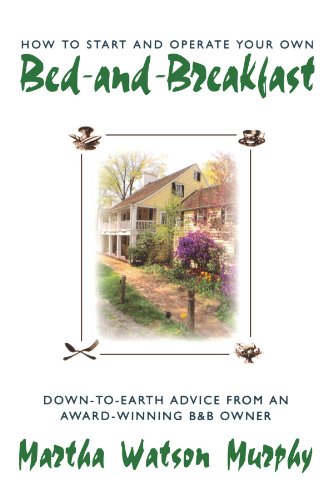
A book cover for How to Start and Operate Your Own Bed-and-Breakfast: Down-To-Earth Advice from an Award-Winning B&B Owner; Martha W. Murphy; Travel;